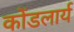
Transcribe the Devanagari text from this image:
कोंडलार्य